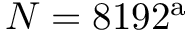
N = 8 1 9 2 ^ { \mathrm { a } }